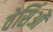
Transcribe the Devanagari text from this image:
वेर्सिओं